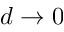
d \rightarrow 0